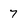
Character: 7